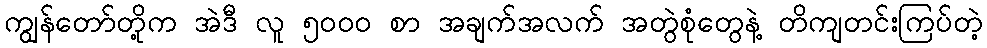
ကျွန်တော်တို့က အဲဒီ လူ ၅၀၀၀ စာ အချက်အလက် အတွဲစုံတွေနဲ့ တိကျတင်းကြပ်တဲ့